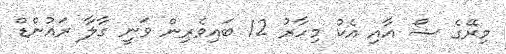
މިރޭގެ ޝޯ އާއި އެކު މިހާރު 12 ބައިވެރިން ވަނީ ގާލާ ރައުންޑް